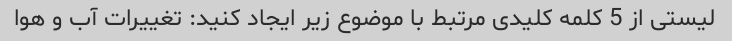
لیستی از 5 کلمه کلیدی مرتبط با موضوع زیر ایجاد کنید: تغییرات آب و هوا